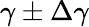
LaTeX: \gamma\pm\Delta\gamma